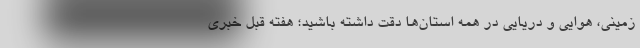
زمینی، هوایی و دریایی در همه استان‌ها دقت داشته باشید؛ هفته قبل خبری